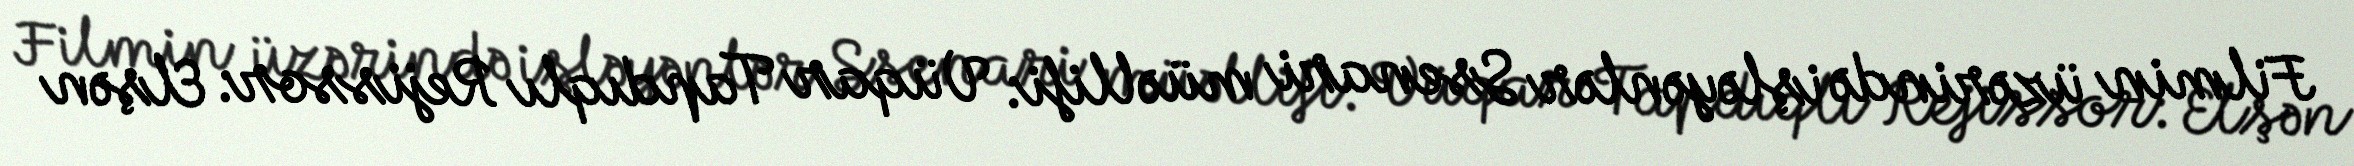
Filmin üzərində işləyənlər Ssenari müəllifi: Vüqar Tapdıqlı Rejissor: Elşən